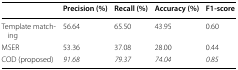
|  | Precision (%) | Recall (%) | Accuracy (%) | F1-score |
 | --- | --- | --- | --- | --- |
 | Template matching | 56.64 | 65.50 | 43.95 | 0.60 |
 | MSER | 53.36 | 37.08 | 28.00 | 0.44 |
 | COD (proposed) | 91.68 | 79.37 | 74.04 | 0.85 |